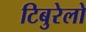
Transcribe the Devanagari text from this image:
टिबुरेलो